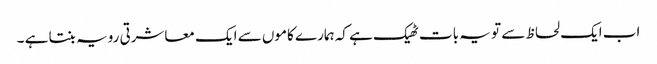
اب ایک لحاظ سے تو یہ بات ٹھیک ہے کہ ہمارے کاموں سے ایک معاشرتی رویہ بنتا ہے ۔